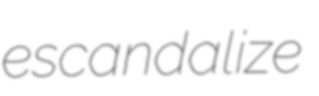
escandalize